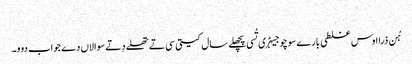
‏
ہُن ذرا اوس غلطی بارے سوچو جیہڑ‌ی تُسی پچھلے سال کیتی سی تے تھلے دِتے سوالاں دے جواب دوو۔